Lunatic asylums in Bengal annual reports 1899-1911 - 1899-1911
Year: 1899
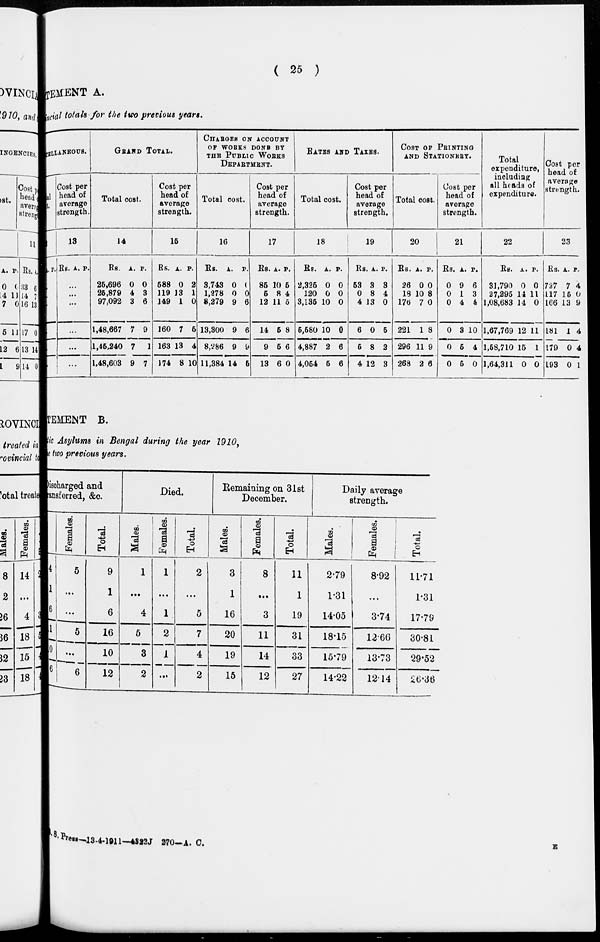
( 25 )
STATEMENT A.
provincial totals for the two previous years.
CELLANEOUS.
al
A.
...
...
...
...
...
...
P.
Cost per
head of
average
strength.
13
Rs. A. P.
...
...
...
...
...
...
GRAND TOTAL.
Total cost.
14
Rs.
25,696
25,879
97,092
1,48,667
1,46,240
1,48,603
A.
0
4
3
7
7
9
P.
0
3
6
9
1
7
Cost per
head of
average
strength.
15
Rs.
588
119
149
160
163
174
A.
0
13
1
7
13
8
P.
2
1
0
5
4
10
CHARGES ON ACCOUNT
OF WORKS DONE BY
THE PUBLIC WORKS
DEPARTMENT.
Total cost.
16
Rs.
3,743
1,278
8,279
13,300
8,V86
11,384
A.
0
0
9
9
9
14
P.
0
0
6
6
9
6
Cost per
head of
average
strength.
17
Rs.
85
5
12
14
9
13
A.
10
8
11
5
5
6
P.
5
4
5
8
6
0
RATE AND TAXES.
Total cost.
18
Rs.
2,325
120
3,135
5,580
4,887
4,054
A.
0
0
10
10
2
5
P.
0
0
0
0
6
6
Cost per
head of
average
strength.
19
Rs
53
0
4
6
5
4
. A.
3
8
13
0
8
12
P.
3
4
0
5
2
3
COST OF PRINTING
AND STATIONERY.
Total cost.
20
Rs.
26
18
176
221
296
268
A.
0
10
7
1
11
2
P.
0
8
0
8
9
6
Cost per
head of
average
strength.
21
Rs.
0
0
0
0
0
0
A.
9
1
4
3
5
5
P.
6
3
4
10
4
0
Total
expenditure,
including
all heads of
expenditure.
22
Rs.
31,790
27,295
1,08,683
1,67,769
1,58,710
1,64,311
A.
0
14
14
12
15
0
P.
0
11
0
11
1
0
Cost per
head of
average
strength.
23
Rs.
727
117
166
181
179
193
A.
7
15
13
1
0
0
P.
4
0
9
4
4
1
STATEMENT B.
Lunatic Asylums in Bengal during the year 1910,
e two previous years.
Discharged
Transferred,
4
1
6
1
0
6
Females.
5
...
...
5
...
6
and
&c.
Total.
9
1
6
16
10
12
Died.
Males.
1
...
4
5
3
2
Females.
1
...
1
2
1
...
Total.
2
...
5
7
4
2
Remaining on 31st
December.
Males.
3
1
16
20
19
15
Females.
8
...
3
11
14
12
Total.
11
1
19
31
33
27
Daily average
strength.
Males.
2.79
1.31
14.05
18.15
15.79
14.22
Females.
8.92
...
3.74
12.66
13.73
12.14
Total.
11.71
1.31
17.79
30.81
29.52
26.36
Press—13-4-1911-4322J 270-A. C.
E